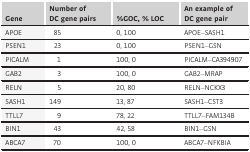
| Gene | Number of DC gene pairs | %GOC, % LOC | An example of DC gene pair |
 | --- | --- | --- | --- |
 | APOE | 85 | 0, 100 | APOE–SASH1 |
 | PSEN1 | 23 | 0, 100 | PSEN1–GSN |
 | PICALM | 1 | 100, 0 | PICALM–CA394907 |
 | GAB2 | 3 | 100, 0 | GAB2–MRAP |
 | RELN | 5 | 20, 80 | RELN–NCKX3 |
 | SASH1 | 149 | 13, 87 | SASH1–CST3 |
 | TTLL7 | 9 | 78, 22 | TTLL7–FAM134B |
 | BIN1 | 43 | 42, 58 | BIN1–GSN |
 | ABCA7 | 70 | 100, 0 | ABCA7–NFKBIA |